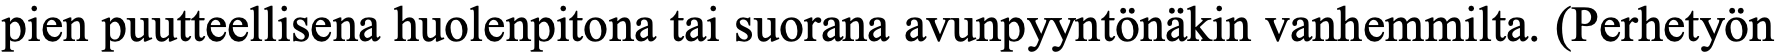
pien puutteellisena huolenpitona tai suorana avunpyyntönäkin vanhemmilta. (Perhetyön